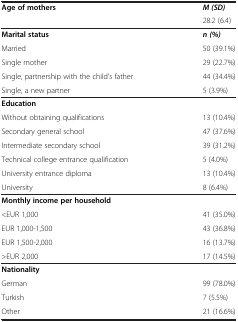
<table><thead><tr><td rowspan="2"><b>Age of mothers</b></td><td><b><i>M (SD)</i></b></td></tr><tr><td><b>28.2 (6.4)</b></td></tr></thead><tbody><tr><td><b>Marital status</b></td><td><b><i>n (%)</i></b></td></tr><tr><td>Married</td><td>50 (39.1%)</td></tr><tr><td>Single mother</td><td>29 (22.7%)</td></tr><tr><td>Single, partnership with the child’s father</td><td>44 (34.4%)</td></tr><tr><td>Single, a new partner</td><td>5 (3.9%)</td></tr><tr><td><b>Education</b></td><td> </td></tr><tr><td>Without obtaining qualifications</td><td>13 (10.4%)</td></tr><tr><td>Secondary general school</td><td>47 (37.6%)</td></tr><tr><td>Intermediate secondary school</td><td>39 (31.2%)</td></tr><tr><td>Technical college entrance qualification</td><td>5 (4.0%)</td></tr><tr><td>University entrance diploma</td><td>13 (10.4%)</td></tr><tr><td>University</td><td>8 (6.4%)</td></tr><tr><td><b>Monthly income per household</b></td><td> </td></tr><tr><td>&lt;EUR 1,000</td><td>41 (35.0%)</td></tr><tr><td>EUR 1,000-1,500</td><td>43 (36.8%)</td></tr><tr><td>EUR 1,500-2,000</td><td>16 (13.7%)</td></tr><tr><td>&gt;EUR 2,000</td><td>17 (14.5%)</td></tr><tr><td><b>Nationality</b></td><td> </td></tr><tr><td>German</td><td>99 (78.0%)</td></tr><tr><td>Turkish</td><td>7 (5.5%)</td></tr><tr><td>Other</td><td>21 (16.6%)</td></tr></tbody></table>